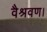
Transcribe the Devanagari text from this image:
वैश्रवण।